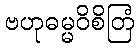
ဗဟုဓမ္မဝိစိတြံ